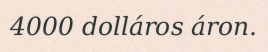
4000 dolláros áron.